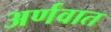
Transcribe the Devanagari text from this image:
अर्णवात